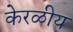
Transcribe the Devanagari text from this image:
केरळीय